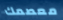
معصمك